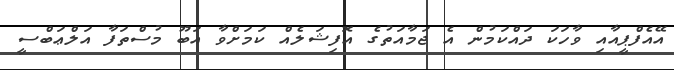
އޭއެފްޕީއާއި ވާހަކަ ދައްކަމުން އެ ޖަމާއަތުގެ އޮފިޝަލެއް ކަމަށްވާ އަބޫ މުސްތަފާ އަލްޢަބްސީ